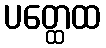
ပတ္ထေထ